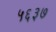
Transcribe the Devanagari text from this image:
५६३७